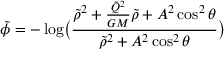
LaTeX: \tilde { \phi } = - \log \bigl ( \frac { \tilde { \rho } ^ { 2 } + \frac { \tilde { Q } ^ { 2 } } { G M } \tilde { \rho } + A ^ { 2 } \cos ^ { 2 } \theta } { \tilde { \rho } ^ { 2 } + A ^ { 2 } \cos ^ { 2 } \theta } \bigr )